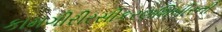
કામગીરીરસીકરણશિબીરની